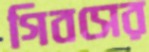
গিবসের